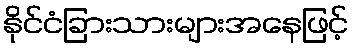
နိုင်ငံခြားသားများအနေဖြင့်